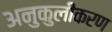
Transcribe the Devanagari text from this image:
अनुकुलीकरण